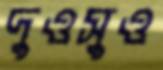
দুওসুও